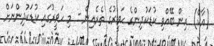
(އާކް) އިން ބޭއްވި ކުޑަކުދިންގެ ހަވީރުގެ ތެރެއިން - މި ހަވީރުގައި ކުޑަކުދިންނަށް